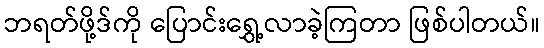
ဘရတ်ဖို့ဒ်ကို ပြောင်းရွှေ့လာခဲ့ကြတာ ဖြစ်ပါတယ်။